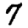
Digit: 7